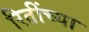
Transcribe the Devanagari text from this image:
रितींच्या